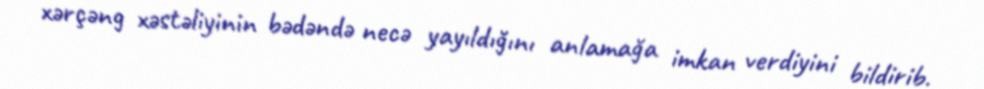
xərçəng xəstəliyinin bədəndə necə yayıldığını anlamağa imkan verdiyini bildirib.